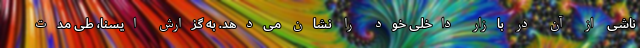
ناشی از آن در بازار داخلی خود را نشان می‌دهد. به گزارش ایسنا، طی مدت